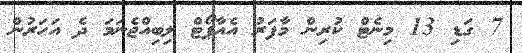
7 ގަޑި 13 މިނެޓް ކުރިން މާފަރު އެއާޕޯޓް ލިބިއްޖެނަމަ ދެ އަހަރުން